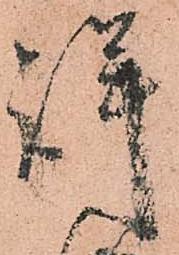
詳